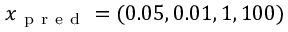
x _ { \mathrm { ~ p ~ r ~ e ~ d ~ } } = ( 0 . 0 5 , 0 . 0 1 , 1 , 1 0 0 )